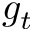
g _ { t }